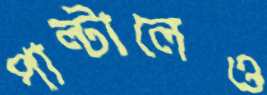
পাল্টালেও